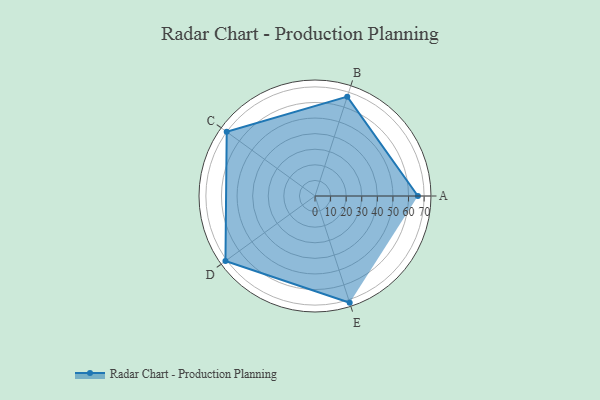
{"axis": {"x": "Skill", "y": "Score"}, "legend": ["Profile"], "data": [{"x": "A", "y": 66.0, "type": "Profile"}, {"x": "B", "y": 67.0, "type": "Profile"}, {"x": "C", "y": 70.0, "type": "Profile"}, {"x": "D", "y": 71.0, "type": "Profile"}, {"x": "E", "y": 72.0, "type": "Profile"}]}